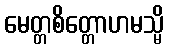
မေတ္တစိတ္တောဟမသ္မိ